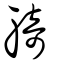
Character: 躸